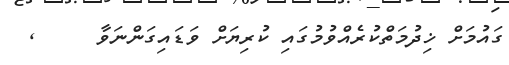
ގައުމަށް ޚިދުމަތްކުރެއްވުމުގައި ކުރިޔަށް ވަޑައިގަންނަވާ